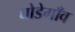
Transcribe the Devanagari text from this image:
घोडेगाँव